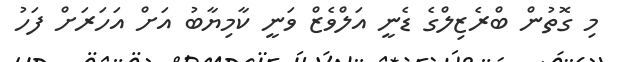
މި ގޮތުން ބްރެޒިލްގެ ޑެނީ އަލްވެޒް ވަނީ ކާމިޔާބު އަށް އަހަރަށް ފަހު